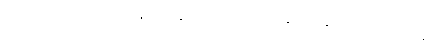
မည်၏။ လ။ ပုဋိ သင်္ခါနုပဿနတ္ထာယ၊ ပဋိသင်္ခါနုပဿနာအလို့ငှာ။ ပဝတ္တာ၊